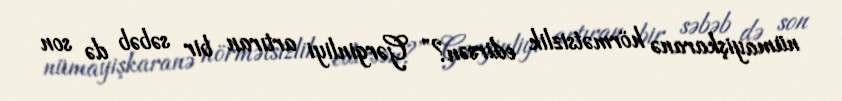
nümayişkaranə hörmətsizlik edirsən?” Gərginliyi artıran bir səbəb də son